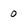
Character: 0